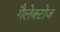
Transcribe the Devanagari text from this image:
गैलेक्टोज